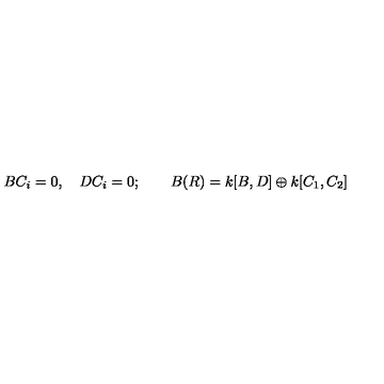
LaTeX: B C _ { i } = 0 , \quad D C _ { i } = 0 ; \qquad B ( R ) = k [ B , D ] \oplus k [ C _ { 1 } , C _ { 2 } ]